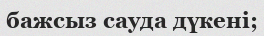
бажсыз сауда дүкені;